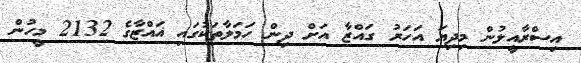
އިސްރާއީލުން މިދިޔަ އަހަރު ގައްޒާ އަށް ދިން ހަމަލާތަކުގައި ޣައްޒާގެ 2132 މީހުން